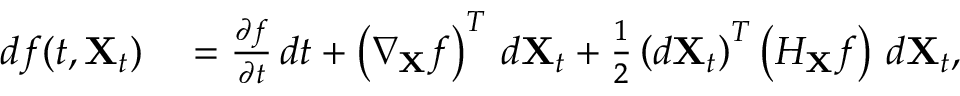
\begin{array} { r l } { d f ( t , \mathbf { X } _ { t } ) } & { { } = { \frac { \partial f } { \partial t } } \, d t + \left( \nabla _ { \mathbf { X } } f \right) ^ { T } \, d \mathbf { X } _ { t } + { \frac { 1 } { 2 } } \left( d \mathbf { X } _ { t } \right) ^ { T } \left( H _ { \mathbf { X } } f \right) \, d \mathbf { X } _ { t } , } \end{array}